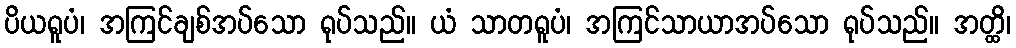
ပိယရူပံ၊ အကြင်ချစ်အပ်သော ရုပ်သည်။ ယံ သာတရူပံ၊ အကြင်သာယာအပ်သော ရုပ်သည်။ အတ္ထိ၊